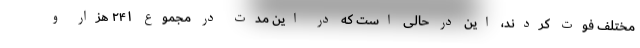
مختلف فوت کردند، این در حالی است که در این مدت در مجموع ۲۴۱ هزار و